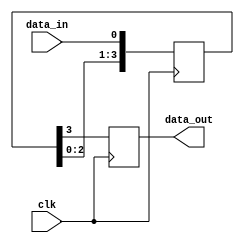
module SISO_shift_register (
    input wire clk,
    input wire data_in,
    output reg data_out
);

reg [3:0] shift_reg;

always @(posedge clk) begin
    shift_reg <= {shift_reg[2:0], data_in};
    data_out <= shift_reg[3];
end

endmodule